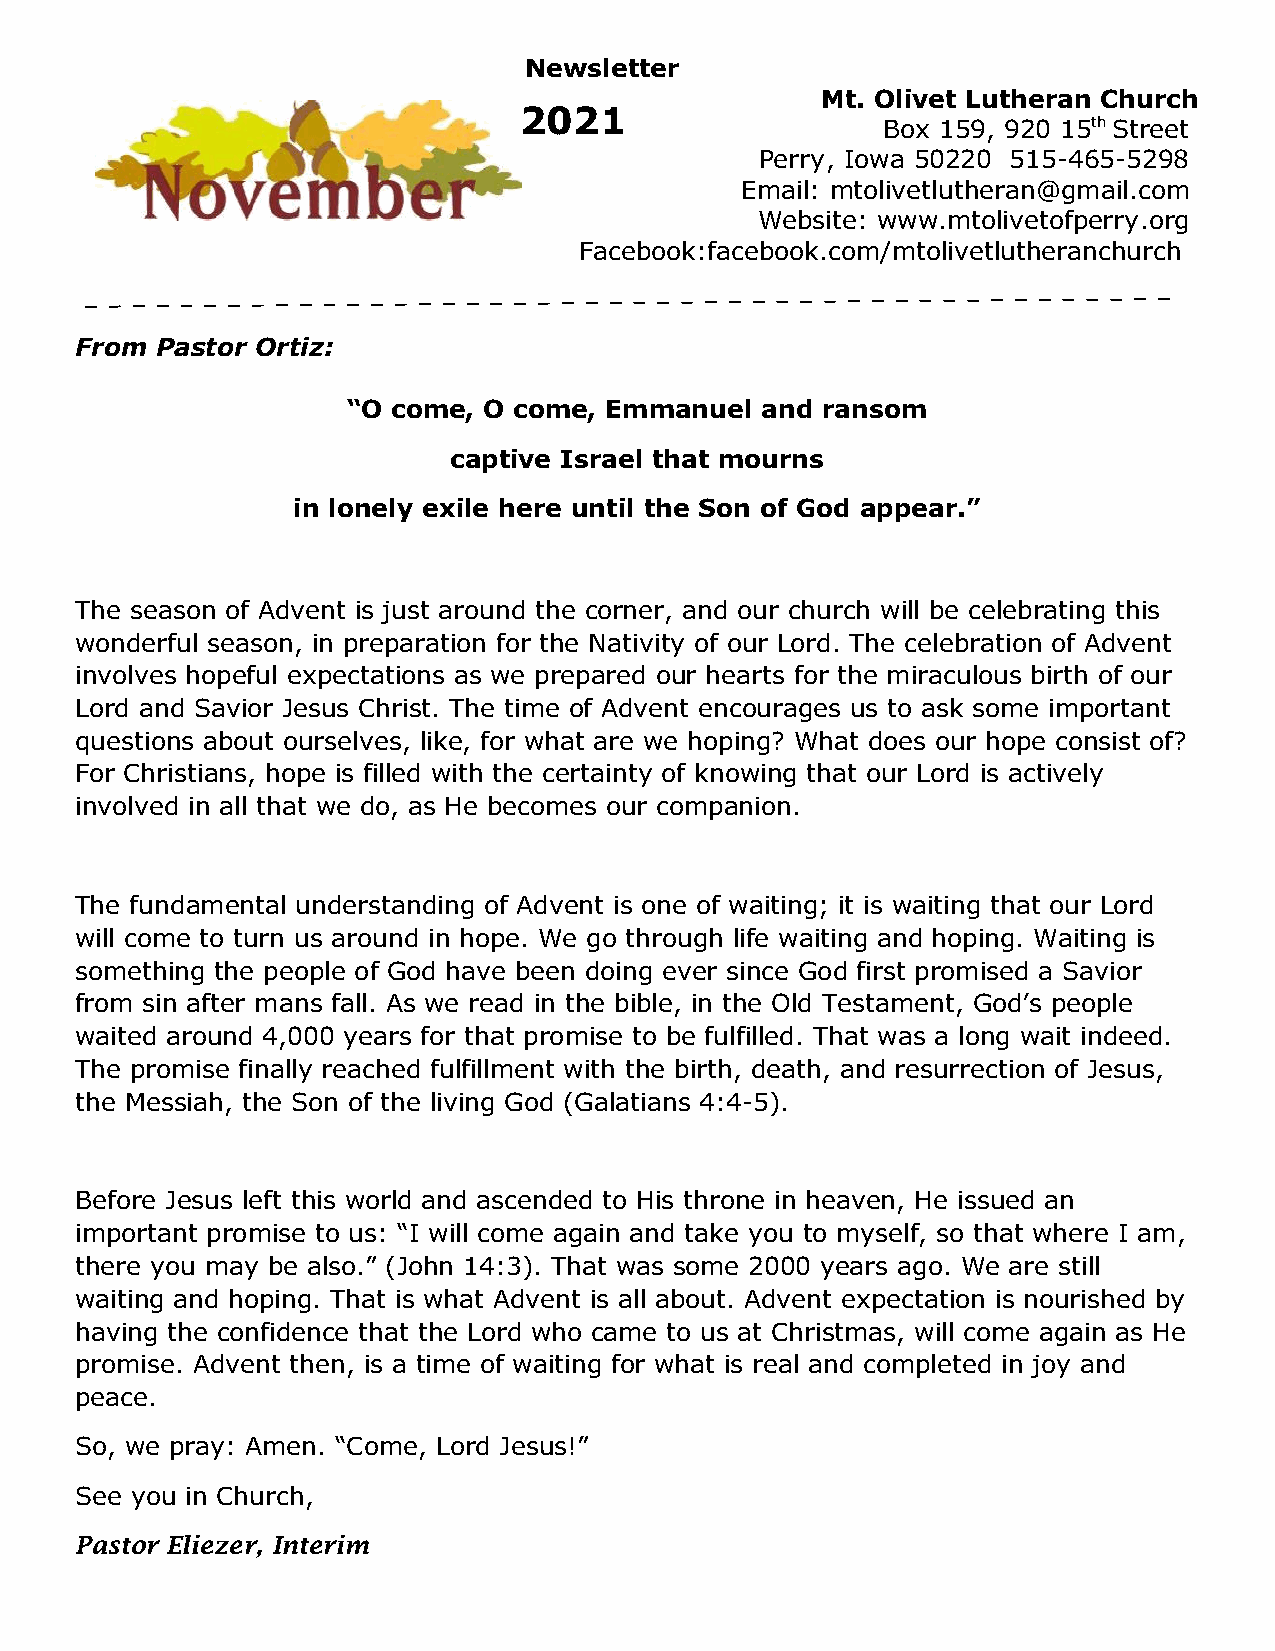
Newsletter
 Mt. Olivet Lutheran Church
 2021
 Box 159, 920 15th Street
 Perry, Iowa 50220 515-465-5298
 Email: mtolivetlutheran@gmail.com
 Website: www.mtolivetofperry.org
 Facebook:facebook.com/mtolivetlutheranchurch
 From Pastor Ortiz:
 “O come, O come, Emmanuel  and ransom
 captive Israel that mourns
 in lonely exile here until the Son of God appear.”
 The season of Advent is just around the corner, and our church will be celebrating this
 wonderful season, in preparation for the Nativity of our Lord. The celebration of Advent
 involves hopeful expectations as we prepared our hearts for the miraculous birth of our
 Lord and Savior Jesus Christ. The time of Advent encourages us to ask some important
 questions about ourselves, like, for what are we hoping? What does our hope consist of?
 For Christians, hope is filled with the certainty of knowing that our Lord is actively
 involved in all that we do, as He becomes our companion.
 The fundamental understanding of Advent is one of waiting; it is waiting that our Lord
 will come to turn us around in hope. We go through life waiting and hoping. Waiting is
 something the people of God have been doing ever since God first promised a Savior
 from sin after mans fall. As we read in the bible, in the Old Testament, God’s people
 waited around 4,000 years for that promise to be fulfilled. That was a long wait indeed.
 The promise finally reached fulfillment with the birth, death, and resurrection of Jesus,
 the Messiah, the Son of the living God (Galatians 4:4-5).
 Before Jesus left this world and ascended to His throne in heaven, He issued an
 important promise to us: “I will come again and take you to myself, so that where I am,
 there you may be also.” (John 14:3). That was some 2000 years ago. We are still
 waiting and hoping. That is what Advent is all about. Advent expectation is nourished by
 having the confidence that the Lord who came to us at Christmas, will come again as He
 promise. Advent then, is a time of waiting for what is real and completed in joy and
 peace.
 So, we pray: Amen. “Come, Lord Jesus!”
 See you in Church,
 Pastor Eliezer, Interim